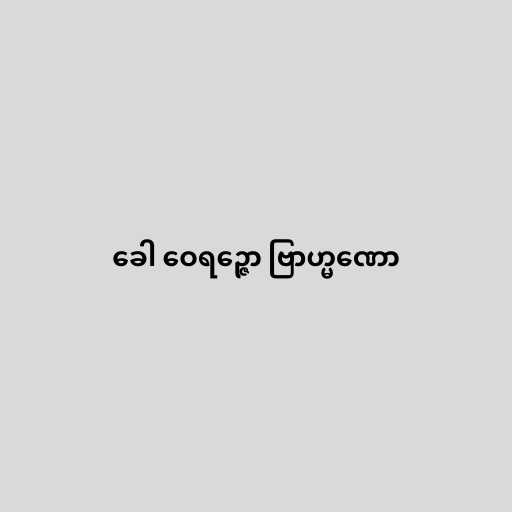
ခေါ ဝေရဉ္ဇော ဗြာဟ္မဏော